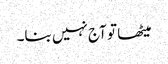
میٹھا تو آج نہیں بنا۔